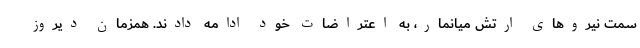
سمت نیروهای ارتش میانمار، به اعتراضات خود ادامه دادند. همزمان دیروز